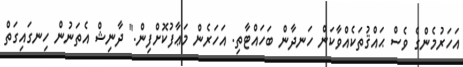
އަހަރުމެންގެ ވެސް ޙައްޤުތަކެއްވާކަން ހަނދާން ބަހައްޓާތި. އަހަރެން މަޢާފުކޮށްފިން." ދާނިޝް އެތަނުން ހިނގައިގަތް